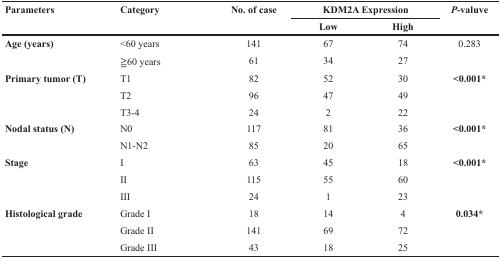
<table><thead><tr><td rowspan="2"><b>Parameters</b></td><td rowspan="2"><b>Category</b></td><td rowspan="2"><b>No. of case</b></td><td colspan="2"><b>KDM2A Expression</b></td><td rowspan="2"><b><i>P</i>-valuve</b></td></tr><tr><td><b>Low</b></td><td><b>High</b></td></tr></thead><tbody><tr><td><b>Age (years)</b></td><td>&lt;60 years</td><td>141</td><td>67</td><td>74</td><td>0.283</td></tr><tr><td></td><td>≧60 years</td><td>61</td><td>34</td><td>27</td><td></td></tr><tr><td><b>Primary tumor (T)</b></td><td>T1</td><td>82</td><td>52</td><td>30</td><td><b>&lt;0.001<sup>*</sup></b></td></tr><tr><td></td><td>T2</td><td>96</td><td>47</td><td>49</td><td></td></tr><tr><td></td><td>T3-4</td><td>24</td><td>2</td><td>22</td><td></td></tr><tr><td><b>Nodal status (N)</b></td><td>N0</td><td>117</td><td>81</td><td>36</td><td><b>&lt;0.001<sup>*</sup></b></td></tr><tr><td></td><td>N1-N2</td><td>85</td><td>20</td><td>65</td><td></td></tr><tr><td><b>Stage</b></td><td>I</td><td>63</td><td>45</td><td>18</td><td><b>&lt;0.001<sup>*</sup></b></td></tr><tr><td></td><td>II</td><td>115</td><td>55</td><td>60</td><td></td></tr><tr><td></td><td>III</td><td>24</td><td>1</td><td>23</td><td></td></tr><tr><td><b>Histological grade</b></td><td>Grade I</td><td>18</td><td>14</td><td>4</td><td><b>0.034<sup>*</sup></b></td></tr><tr><td></td><td>Grade II</td><td>141</td><td>69</td><td>72</td><td></td></tr><tr><td></td><td>Grade III</td><td>43</td><td>18</td><td>25</td><td></td></tr></tbody></table>